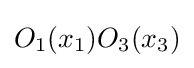
O_{1}(x_{1})O_{3}(x_{3})